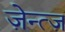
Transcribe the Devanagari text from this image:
ज़ेन्त्ज़